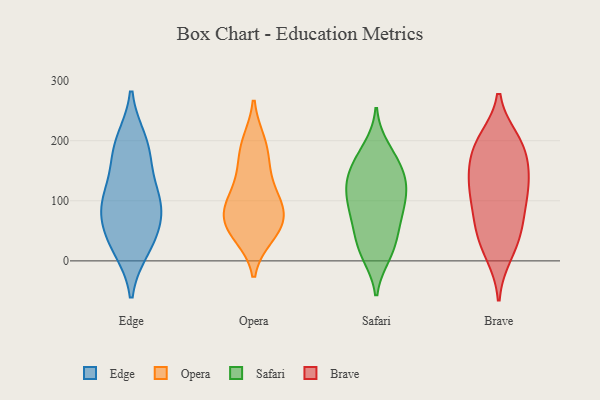
{"axis": {"x": "Operating Costs (USD K)", "y": "Value"}, "legend": ["Brave", "Edge", "Opera", "Safari"], "data": [{"x": "", "y": 96, "type": "Edge"}, {"x": "", "y": 95, "type": "Edge"}, {"x": "", "y": 23, "type": "Edge"}, {"x": "", "y": 189, "type": "Edge"}, {"x": "", "y": 87, "type": "Edge"}, {"x": "", "y": 46, "type": "Edge"}, {"x": "", "y": 107, "type": "Edge"}, {"x": "", "y": 165, "type": "Edge"}, {"x": "", "y": 32, "type": "Edge"}, {"x": "", "y": 198, "type": "Edge"}, {"x": "", "y": 138, "type": "Opera"}, {"x": "", "y": 158, "type": "Opera"}, {"x": "", "y": 192, "type": "Opera"}, {"x": "", "y": 43, "type": "Opera"}, {"x": "", "y": 63, "type": "Opera"}, {"x": "", "y": 52, "type": "Opera"}, {"x": "", "y": 51, "type": "Opera"}, {"x": "", "y": 91, "type": "Opera"}, {"x": "", "y": 103, "type": "Opera"}, {"x": "", "y": 197, "type": "Opera"}, {"x": "", "y": 85, "type": "Opera"}, {"x": "", "y": 90, "type": "Opera"}, {"x": "", "y": 176, "type": "Safari"}, {"x": "", "y": 13, "type": "Safari"}, {"x": "", "y": 75, "type": "Safari"}, {"x": "", "y": 83, "type": "Safari"}, {"x": "", "y": 26, "type": "Safari"}, {"x": "", "y": 126, "type": "Safari"}, {"x": "", "y": 187, "type": "Safari"}, {"x": "", "y": 87, "type": "Safari"}, {"x": "", "y": 161, "type": "Safari"}, {"x": "", "y": 111, "type": "Safari"}, {"x": "", "y": 64, "type": "Safari"}, {"x": "", "y": 132, "type": "Safari"}, {"x": "", "y": 150, "type": "Safari"}, {"x": "", "y": 136, "type": "Safari"}, {"x": "", "y": 38, "type": "Safari"}, {"x": "", "y": 10, "type": "Safari"}, {"x": "", "y": 112, "type": "Safari"}, {"x": "", "y": 194, "type": "Brave"}, {"x": "", "y": 200, "type": "Brave"}, {"x": "", "y": 186, "type": "Brave"}, {"x": "", "y": 120, "type": "Brave"}, {"x": "", "y": 100, "type": "Brave"}, {"x": "", "y": 192, "type": "Brave"}, {"x": "", "y": 120, "type": "Brave"}, {"x": "", "y": 54, "type": "Brave"}, {"x": "", "y": 25, "type": "Brave"}, {"x": "", "y": 149, "type": "Brave"}, {"x": "", "y": 154, "type": "Brave"}, {"x": "", "y": 12, "type": "Brave"}, {"x": "", "y": 122, "type": "Brave"}, {"x": "", "y": 71, "type": "Brave"}, {"x": "", "y": 52, "type": "Brave"}]}